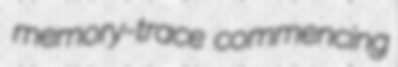
memory-trace commencing